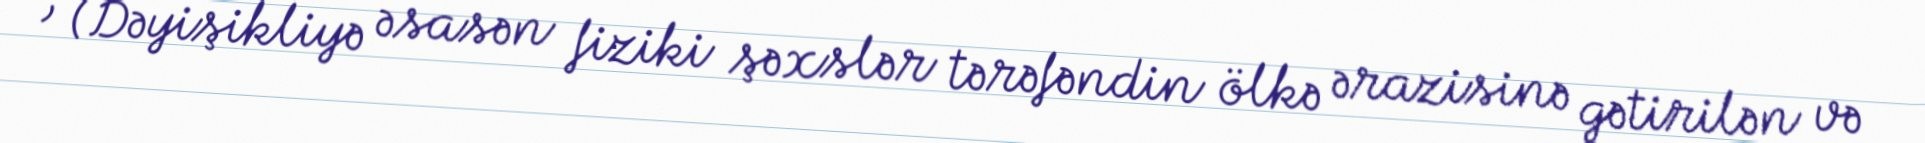
; (Dəyişikliyə əsasən fiziki şəxslər tərəfəndin ölkə ərazisinə gətirilən və